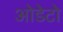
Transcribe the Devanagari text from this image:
ओडेटो